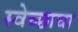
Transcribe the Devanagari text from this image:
स्वेच्छाचा